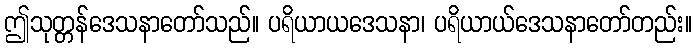
ဤသုတ္တန်ဒေသနာတော်သည်။ ပရိယာယဒေသနာ၊ ပရိယာယ်ဒေသနာတော်တည်း။